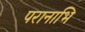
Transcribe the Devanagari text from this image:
परानाभि